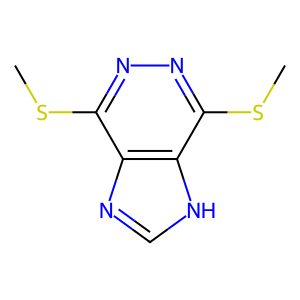
SMILES: CSc1nnc(SC)c2[nH]cnc12
Inhibits HIV replication: No